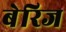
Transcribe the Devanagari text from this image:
बेरिज